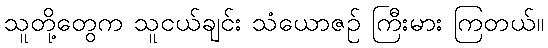
သူတို့တွေက သူငယ်ချင်း သံယောဇဉ် ကြီးမား ကြတယ်။